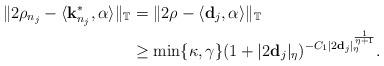
LaTeX: \begin{align*}\|2\rho_{n_{j}}-\langle {\bf k}^{*}_{n_{j}},\alpha \rangle\|_{\mathbb{T}} &= \|2\rho -\langle {\bf d}_j,\alpha \rangle\|_{\mathbb{T}}\\& \geq \min\{\kappa,\gamma\} (1+|2{\bf d}_j|_{\eta})^{-C_{1}|2{\bf d}_j|_{\eta}^{\frac{1}{\eta+1}}}.\end{align*}